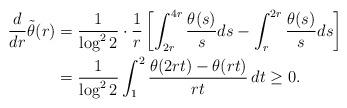
LaTeX: \begin{align*}\frac{d}{dr} \tilde{\theta}(r) & = \frac{1}{\log^2 2} \cdot \frac{1}{r} \left[ \int_{2r}^{4r} \frac{\theta(s)}{s} ds - \int_{r}^{2r} \frac{\theta(s)}{s} ds \right] \\& = \frac{1}{\log^2 2} \int_1^2 \frac{\theta(2rt) - \theta(rt)}{rt}\, dt \geq 0.\end{align*}